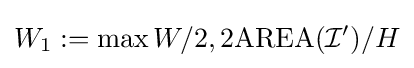
W_{1}:=\max {W/2,2\mathrm {AREA} ({\mathcal {I'}})/H}